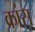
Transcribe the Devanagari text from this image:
क्रांस